Calcutta medical institutions reports 1871-78
Year: 1871
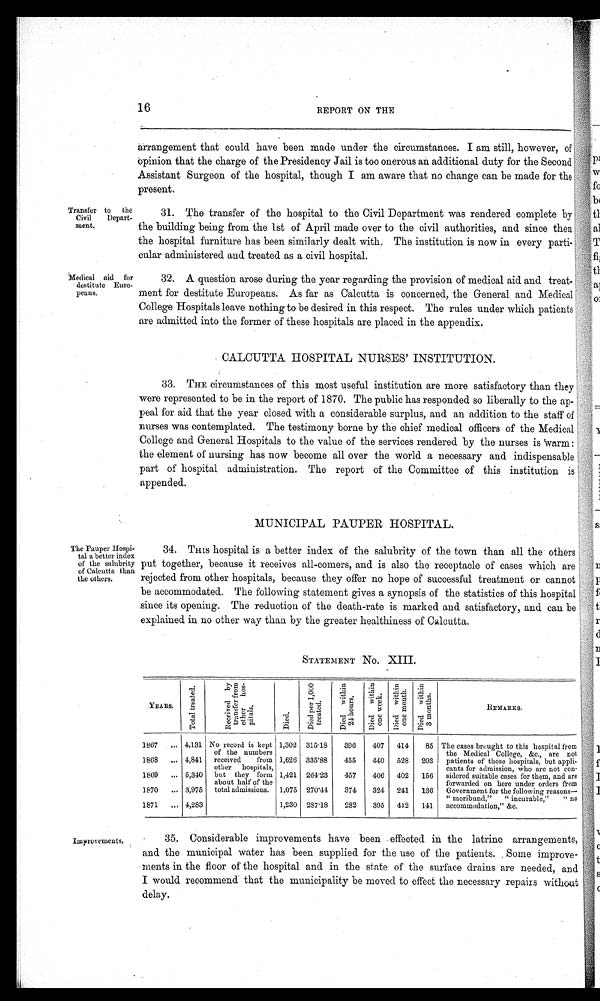
16 REPORT ON THE
arrangement that could have been made under the circumstances. I am still, however, of
opinion that the charge of the Presidency Jail is too onerous an additional duty for the Second
Assistant Surgeon of the hospital, though I am aware that no change can be made for the
present.
Transfer to the
Civil Depart-
ment.
Medical aid for
destitute Euro
-peans.
31. The transfer of the hospital to the Civil Department was rendered complete by
the building being from the 1st of April made over to the civil authorities, and since then
the hospital furniture has been similarly dealt with. The institution is now in every parti
-cular administered and treated as a civil hospital.
32. A question arose during the year regarding the provision of medical aid and treat
-ment for destitute Europeans. As far as Calcutta is concerned, the General and Medical
College Hospitals leave nothing to be desired in this respect. The rules under which patients
are admitted into the former of these hospitals are placed in the appendix.
CALCUTTA HOSPITAL NURSES' INSTITUTION.
33. THE circumstances of this most useful institution are more satisfactory than they
were represented to be in the report of 1870. The public has responded so liberally to the ap
-peal for aid that the year closed with a considerable surplus, and an addition to the staff of
nurses was contemplated. The testimony borne by the chief medical officers of the Medical
College and General Hospitals to the value of the services rendered by the nurses is warm:
the element of nursing has now become all over the world a necessary and indispensable
part of hospital administration. The report of the Committee of this institution is
appended.
MUNICIPAL PAUPER HOSPITAL.
The Pauper Hospi
- t a l a b e t t e r i n d e x
of the salubrity
of Calcutta than
the others.
34. THIS hospital is a better index of the salubrity of the town than all the others
put together, because it receives all-comers, and is also the receptacle of cases which are
rejected from other hospitals, because they offer no hope of successful treatment or cannot
be accommodated. The following statement gives a synopsis of the statistics of this hospital
since its opening. The reduction of the death-rate is marked and satisfactory, and can be
explained in no other way than by the greater healthiness of Calcutta.
STATEMENT No. XIII.
YEARS.
To t a l t r e a t e d .
R e c e i v e d b y t r a n s f e r f r o m o t h e r h o s - p i t a l s .
D i e d .
D i e d p e r 1 , 0 0 0 t r e a t e d .
D i e d w i t h i n 2 4 h o u r s .
D i e d w i t h i n o n e w e e k .
D i e d w i t h i n o n e m o n t h .
D i e d w i t h i n 3 m o n t h s .
REMARKS.
1867
4,131 No record is kept
of the numbers
received from
other hospitals,
but they form
about half of the
total admissions.
1,302 315.18
396
407 414
85 The cases brought to this hospital from
the Medical College, &c., are not
patients of those hospitals, but appli-
cants for admission, who are not con-
sidered suitable cases for them, and are
forwarded on here under orders from
Government for the following reasons
— "moribund," "incurable," "no
accommodation,"&c.
1868
4,841
1,626 335.88
455
440 528 203
1869
5,340
1,421 264.23
457
406 402 156
1870
3,975
1,075 270.41
374
324 241 136
1871
4,283
1,230 287.18
282
395 412 141
Improvements.
35. Considerable improvements have been effected in the latrine arrangements,
and the municipal water has been supplied for the use of the patients. Some improve
- ments in the floor of the hospital and in the state of the surface drains are needed, and
I would recommend that the municipality be moved to effect the necessary repairs without
delay.